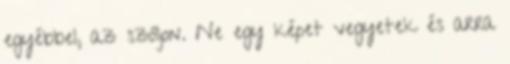
egyébbel, az szóljon. Ne egy képet vegyetek és arra